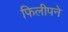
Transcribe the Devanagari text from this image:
फिलीपने